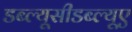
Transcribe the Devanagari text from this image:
डब्ल्यूसीडब्ल्यूए